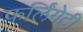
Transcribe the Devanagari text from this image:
फर्लिंगेटी